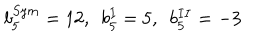
LaTeX: b _ { 5 } ^ { S y m } = 1 2 , \, \, \, b _ { 5 } ^ { I } = 5 , \, \, \, b _ { 5 } ^ { I I } = - 3